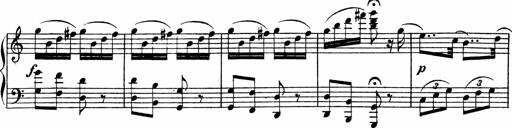
Title: Piano Sonata
Composer: Karl HÃ¤ssler
Key: C major